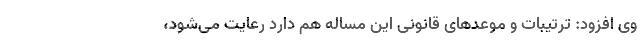
وی افزود: ترتیبات و موعدهای قانونی‌ این مساله هم دارد رعایت می‌شود،